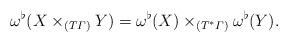
LaTeX: \begin{align*}\omega^\flat(X \times_{(T\varGamma)} Y) = \omega^\flat(X) \times_{(T^*\varGamma)} \omega^\flat(Y).\end{align*}